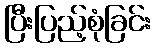
ပြီးပြည့်စုံခြင်း